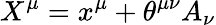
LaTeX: X^{\mu}=x^{\mu}+\theta^{\mu\nu}A_{\nu}